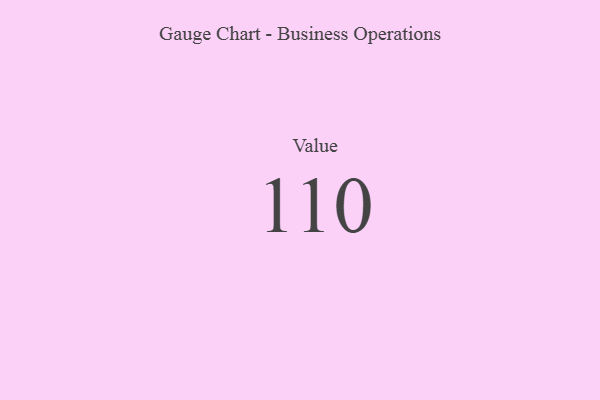
{"axis": {"x": "Metric", "y": "Value"}, "legend": [""], "data": [{"x": "Value", "y": 110, "type": ""}]}